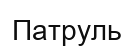
Патруль